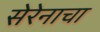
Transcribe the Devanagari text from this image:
सेरेनाचा